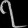
Digit: ၇